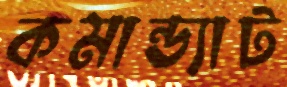
কমান্ড্যাট